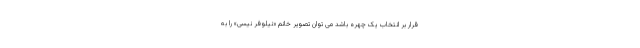
قرار بر انتخاب یک چهره باشد می توان تصویر خانم «نیلوفر نیسی» را به